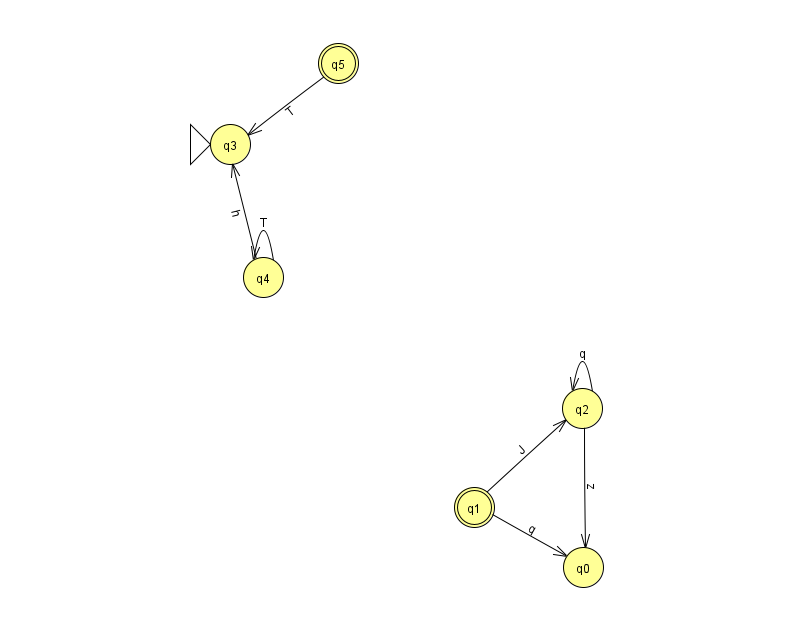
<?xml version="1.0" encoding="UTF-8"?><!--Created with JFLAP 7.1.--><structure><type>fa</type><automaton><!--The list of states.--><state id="0" name="q0"><x>583.0</x><y>554.0</y></state><state id="1" name="q1"><x>474.0</x><y>494.0</y><final/></state><state id="2" name="q2"><x>582.0</x><y>395.0</y></state><state id="3" name="q3"><x>230.0</x><y>131.0</y><initial/></state><state id="4" name="q4"><x>263.0</x><y>264.0</y></state><state id="5" name="q5"><x>338.0</x><y>50.0</y><final/></state><!--The list of transitions.--><transition><from>1</from><to>0</to><read>q</read></transition><transition><from>2</from><to>0</to><read>z</read></transition><transition><from>1</from><to>2</to><read>J</read></transition><transition><from>2</from><to>2</to><read>q</read></transition><transition><from>4</from><to>4</to><read>T</read></transition><transition><from>5</from><to>3</to><read>T</read></transition><transition><from>4</from><to>3</to><read>h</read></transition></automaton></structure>